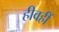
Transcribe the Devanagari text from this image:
हीवहीं